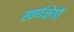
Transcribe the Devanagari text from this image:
स्वर्णक्षेत्रों